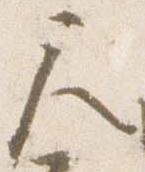
尺